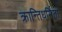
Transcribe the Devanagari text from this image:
क्रान्तिधर्मिता